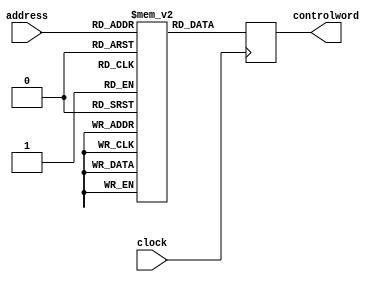
`timescale 1ns / 1ps
//Min Control Store RTL
/* Provides the control word stored at the rom address as a registered output 
at every positive edge of the clock. The control word register is cleared using an initial statement.
Later on a reset input can be used for the purpose of clearing the control word register */
module controlstore (address, clock, controlword);
input [4:0] address;
input clock;
output [24:0] controlword;
reg [24:0] controlword;
reg [24:0] rom [0:31];
//define the ROM data (control word) stored at each address (address <-> state ID)
//format of control word:
//asrccntl_adestcntl_bsrccntl_bdestcntl_alucntl_memcntl_irecntl_nssel_dbin
initial
begin
rom [0] = 25 'b011_00_000_000_001_010_0_00_10111;		//start0
rom [1] = 25 'b011_00_000_000_001_001_0_00_00010;    	//abdm1
rom [2] = 25 'b101_11_000_000_000_000_0_00_00011;		//abdm2
rom [3] = 25 'b010_00_111_000_010_000_0_00_00100;		//abdm3
rom [4] = 25 'b101_01_000_000_000_001_0_10_00000;		//abdm4
rom [5] = 25 'b000_00_010_100_000_101_0_10_00000;		//adrm1
rom [6] = 25 'b011_00_000_000_001_010_0_00_00111;		//brzz3
rom [7] = 25 'b000_00_101_011_000_000_1_01_00000;		//brzz2
rom [8] = 25 'b110_00_101_011_100_000_1_01_00000;		//ldrm2
rom [9] = 25 'b010_00_000_000_001_010_0_11_00110;		//brzz1
rom [10] = 25 'b011_00_111_101_001_010_0_00_01000;	//ldrm1
rom [11] = 25 'b001_00_110_000_100_111_0_00_00110;	//strm1
rom [12] = 25 'b001_00_111_000_110_000_0_00_01101;	//oprm1
rom [13] = 25 'b101_00_110_000_000_111_0_00_00110;	//oprm2
rom [14] = 25 'b011_00_111_100_001_010_0_00_01000;	//test1
rom [15] = 25 'b011_00_010_101_001_010_0_00_01000;	//ldrr1
rom [16] = 25 'b011_00_001_110_001_010_0_00_01000;	//strr1
rom [17] = 25 'b001_00_010_000_110_000_0_00_10010;	//oprr1
rom [18] = 25 'b011_00_101_010_001_010_0_00_00111;	//oprr2
rom [19] = 25 'b010_00_000_000_001_001_0_00_10100;	//popr1
rom [20] = 25 'b101_10_111_001_000_000_0_00_00110;	//popr2
rom [21] = 25 'b010_00_000_000_011_000_0_00_10110;	//push1
rom [22] = 25 'b001_00_101_010_000_111_0_00_00110;	//push2
rom [23] = 25 'b101_11_000_000_000_000_1_01_00000;	//start1
//contents at remaining ROM addresses are not used and are left undefined
end
 initial
//initialize the value of control word register
controlword = 25 'b000_00_000_000_000_000_0_00_00000;
always@(posedge clock)
controlword <=  rom [address];
endmodule